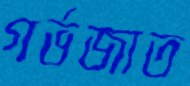
গর্ভজাত